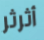
أثرثر